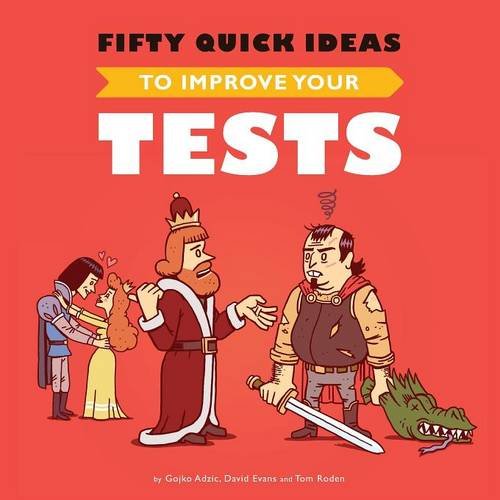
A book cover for Fifty Quick Ideas To Improve Your Tests; Gojko Adzic; Computers & Technology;